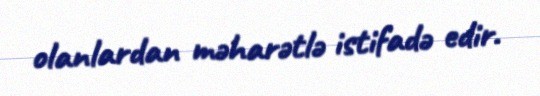
olanlardan məharətlə istifadə edir.